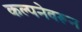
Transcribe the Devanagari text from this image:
कल्पनेवरून